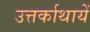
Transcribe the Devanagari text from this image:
उत्तर्काथायें